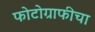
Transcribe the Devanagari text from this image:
फोटोग्राफीचा